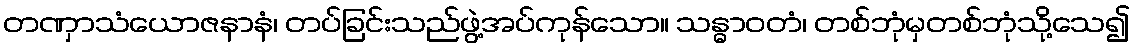
တဏှာသံယောဇနာနံ၊ တပ်ခြင်းသည်ဖွဲ့အပ်ကုန်သော။ သန္ဓာဝတံ၊ တစ်ဘုံမှတစ်ဘုံသို့သေ၍